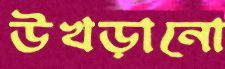
উখড়ানো